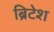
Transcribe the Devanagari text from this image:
ब्रिटेश